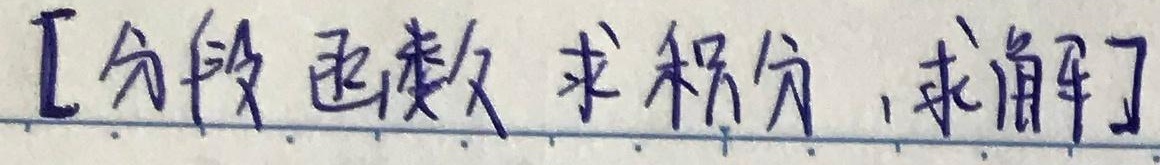
[分段函数 求积分,求解]